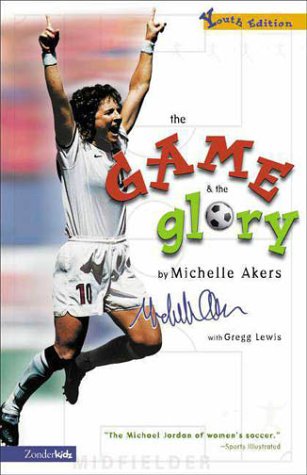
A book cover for Game and the Glory, The; Michelle Akers; Teen & Young Adult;